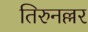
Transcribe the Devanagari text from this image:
तिरुनल्लर